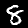
Digit: 8